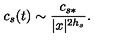
c _ { s } ( t ) \sim \frac { c _ { s * } } { | x | ^ { 2 h _ { s } } } .